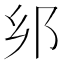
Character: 𨙵